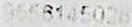
9556145026